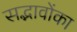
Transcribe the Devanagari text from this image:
सद्भावोंका